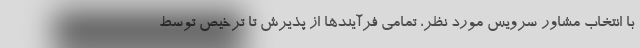
با انتخاب مشاور سرویس مورد نظر، تمامی فرآیندها از پذیرش تا ترخیص توسط